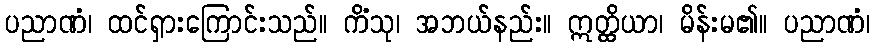
ပညာဏံ၊ ထင်ရှားကြောင်းသည်။ ကိံသု၊ အဘယ်နည်း။ ဣတ္ထိယာ၊ မိန်းမ၏။ ပညာဏံ၊